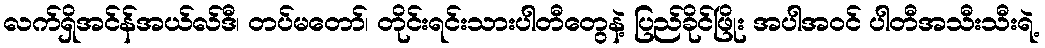
လက်ရှိအင်န်အယ်လ်ဒီ၊ တပ်မတော်၊ တိုင်းရင်းသားပါတီတွေနဲ့ ပြည်ခိုင်ဖြိုး အပါအဝင် ပါတီအသီးသီးရဲ့